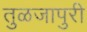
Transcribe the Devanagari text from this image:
तुळजापुरी